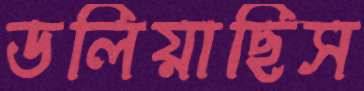
ডলিয়াছিস